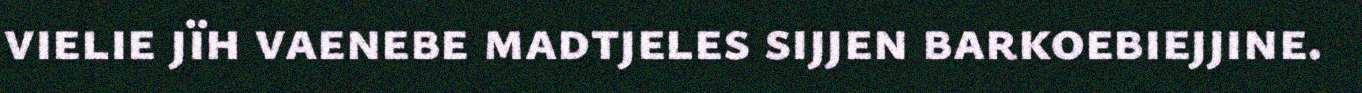
vielie jïh vaenebe madtjeles sijjen barkoebiejjine.